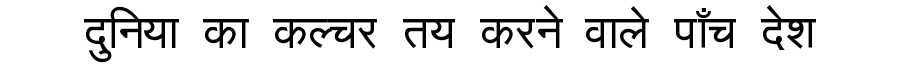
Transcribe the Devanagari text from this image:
दुनिया का कल्चर तय करने वाले पाँच देश